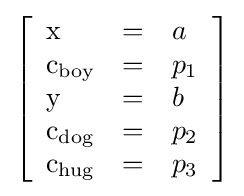
\left[{\begin{array}{lll}{\text{x}}&=&a\\{\text{c}}_{\text{boy}}&=&p_{1}\\{\text{y}}&=&b\\{\text{c}}_{\text{dog}}&=&p_{2}\\{\text{c}}_{\text{hug}}&=&p_{3}\end{array}}\right]